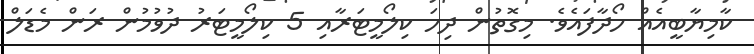
ކާމިޔާބީއެއް ހޯދާފައެވެ. މިގޮތުން ދިހަ ކިލޯމީޓަރާއި 5 ކިލޯމީޓަރު ދުވުމުން ރަން މެޑަލް